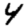
Digit: 4